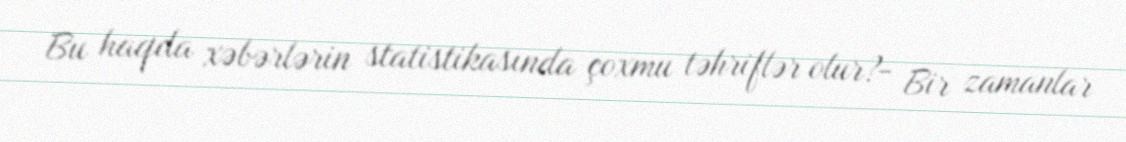
Bu haqda xəbərlərin statistikasında çoxmu təhriflər olur?- Bir zamanlar